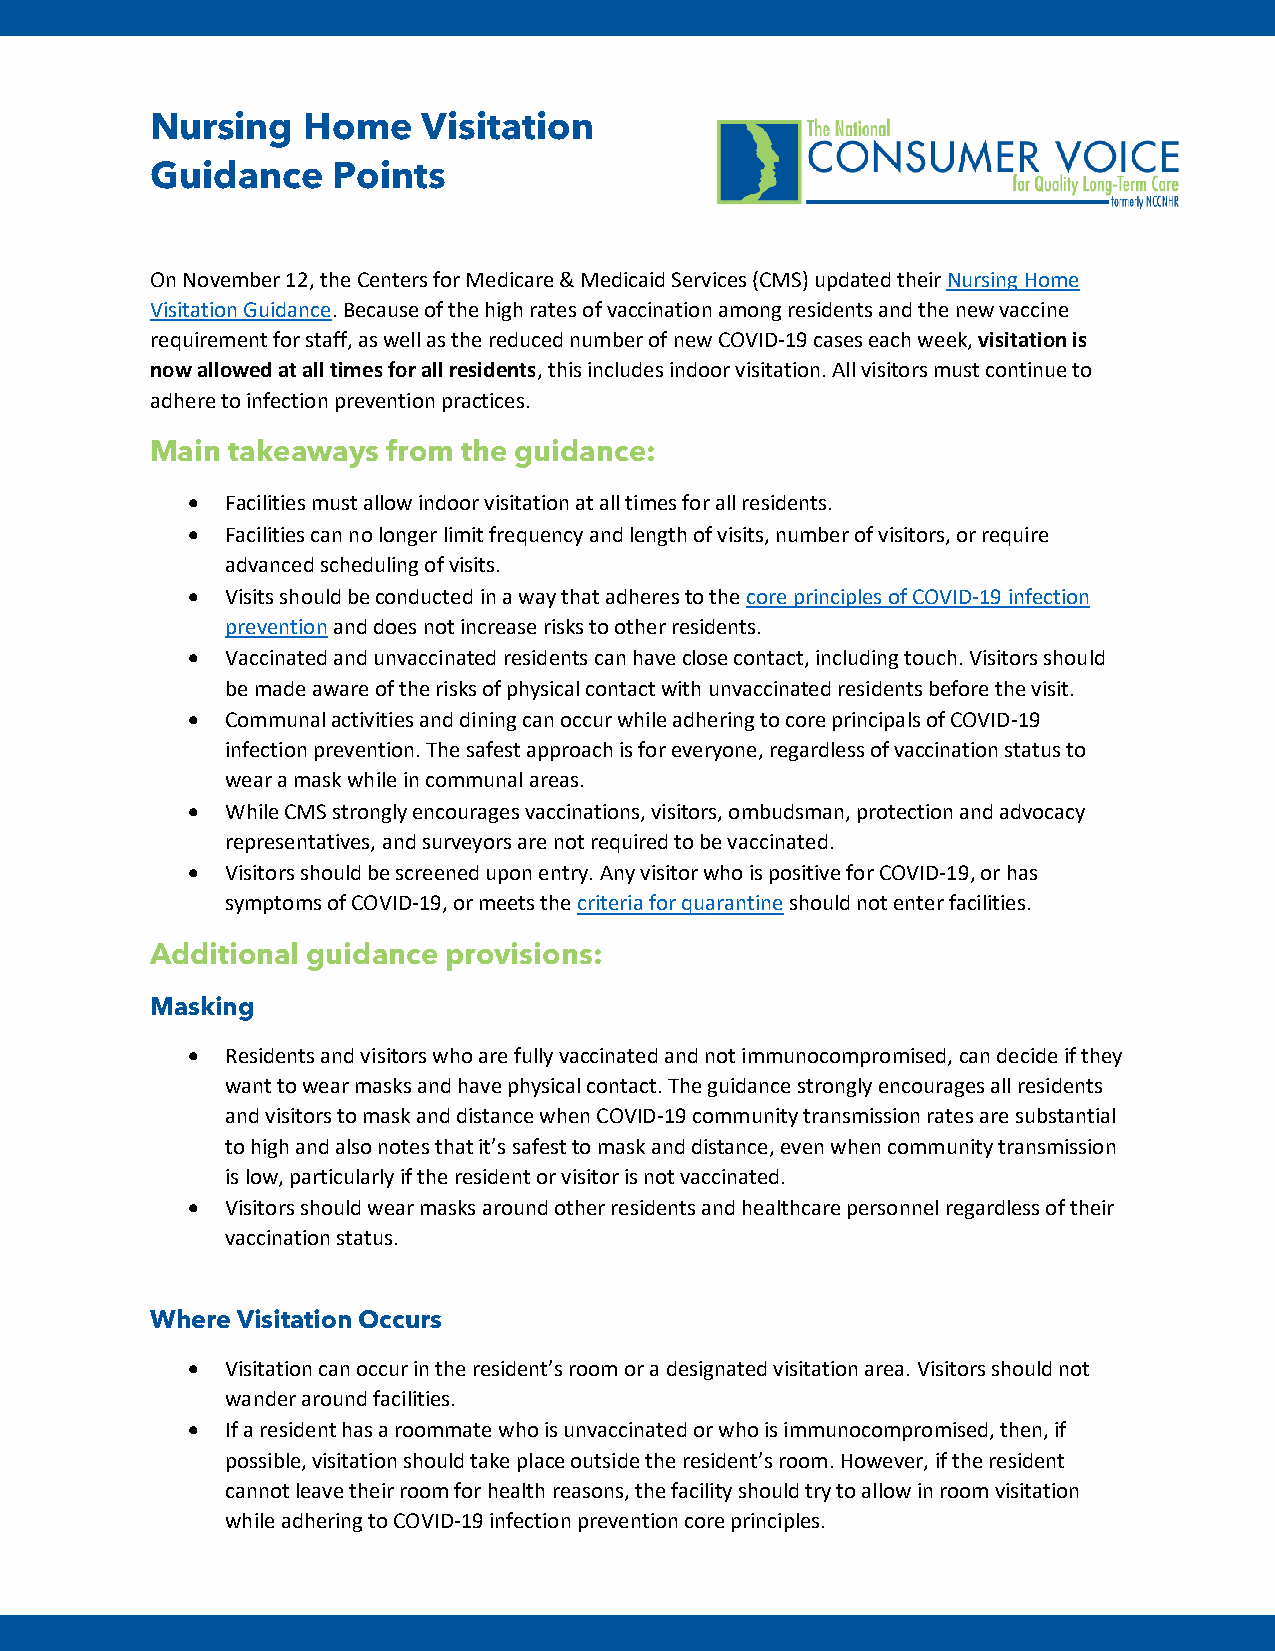
Nursing   Home    Visitation
 Guidance    Points
 On November 12, the Centers for Medicare & Medicaid Services (CMS) updated their Nursing Home
 Visitation Guidance. Because of the high rates of vaccination among residents and the new vaccine
 requirement for staff, as well as the reduced number of new COVID-19 cases each week, visitation is
 now allowed at all times for all residents, this includes indoor visitation. All visitors must continue to
 adhere to infection prevention practices.
 Main takeaways  from the guidance:
 •  Facilities must allow indoor visitation at all times for all residents.
 •  Facilities can no longer limit frequency and length of visits, number of visitors, or require
 advanced scheduling of visits.
 •  Visits should be conducted in a way that adheres to the core principles of COVID-19 infection
 prevention and does not increase risks to other residents.
 •  Vaccinated and unvaccinated residents can have close contact, including touch. Visitors should
 be made aware of the risks of physical contact with unvaccinated residents before the visit.
 •  Communal activities and dining can occur while adhering to core principals of COVID-19
 infection prevention. The safest approach is for everyone, regardless of vaccination status to
 wear a mask while in communal areas.
 •  While CMS strongly encourages vaccinations, visitors, ombudsman, protection and advocacy
 representatives, and surveyors are not required to be vaccinated.
 •  Visitors should be screened upon entry. Any visitor who is positive for COVID-19, or has
 symptoms of COVID-19, or meets the criteria for quarantine should not enter facilities.
 Additional guidance provisions:
 Masking
 •  Residents and visitors who are fully vaccinated and not immunocompromised, can decide if they
 want to wear masks and have physical contact. The guidance strongly encourages all residents
 and visitors to mask and distance when COVID-19 community transmission rates are substantial
 to high and also notes that it’s safest to mask and distance, even when community transmission
 is low, particularly if the resident or visitor is not vaccinated.
 •  Visitors should wear masks around other residents and healthcare personnel regardless of their
 vaccination status.
 Where Visitation Occurs
 •  Visitation can occur in the resident’s room or a designated visitation area. Visitors should not
 wander around facilities.
 •  If a resident has a roommate who is unvaccinated or who is immunocompromised, then, if
 possible, visitation should take place outside the resident’s room. However, if the resident
 cannot leave their room for health reasons, the facility should try to allow in room visitation
 while adhering to COVID-19 infection prevention core principles.